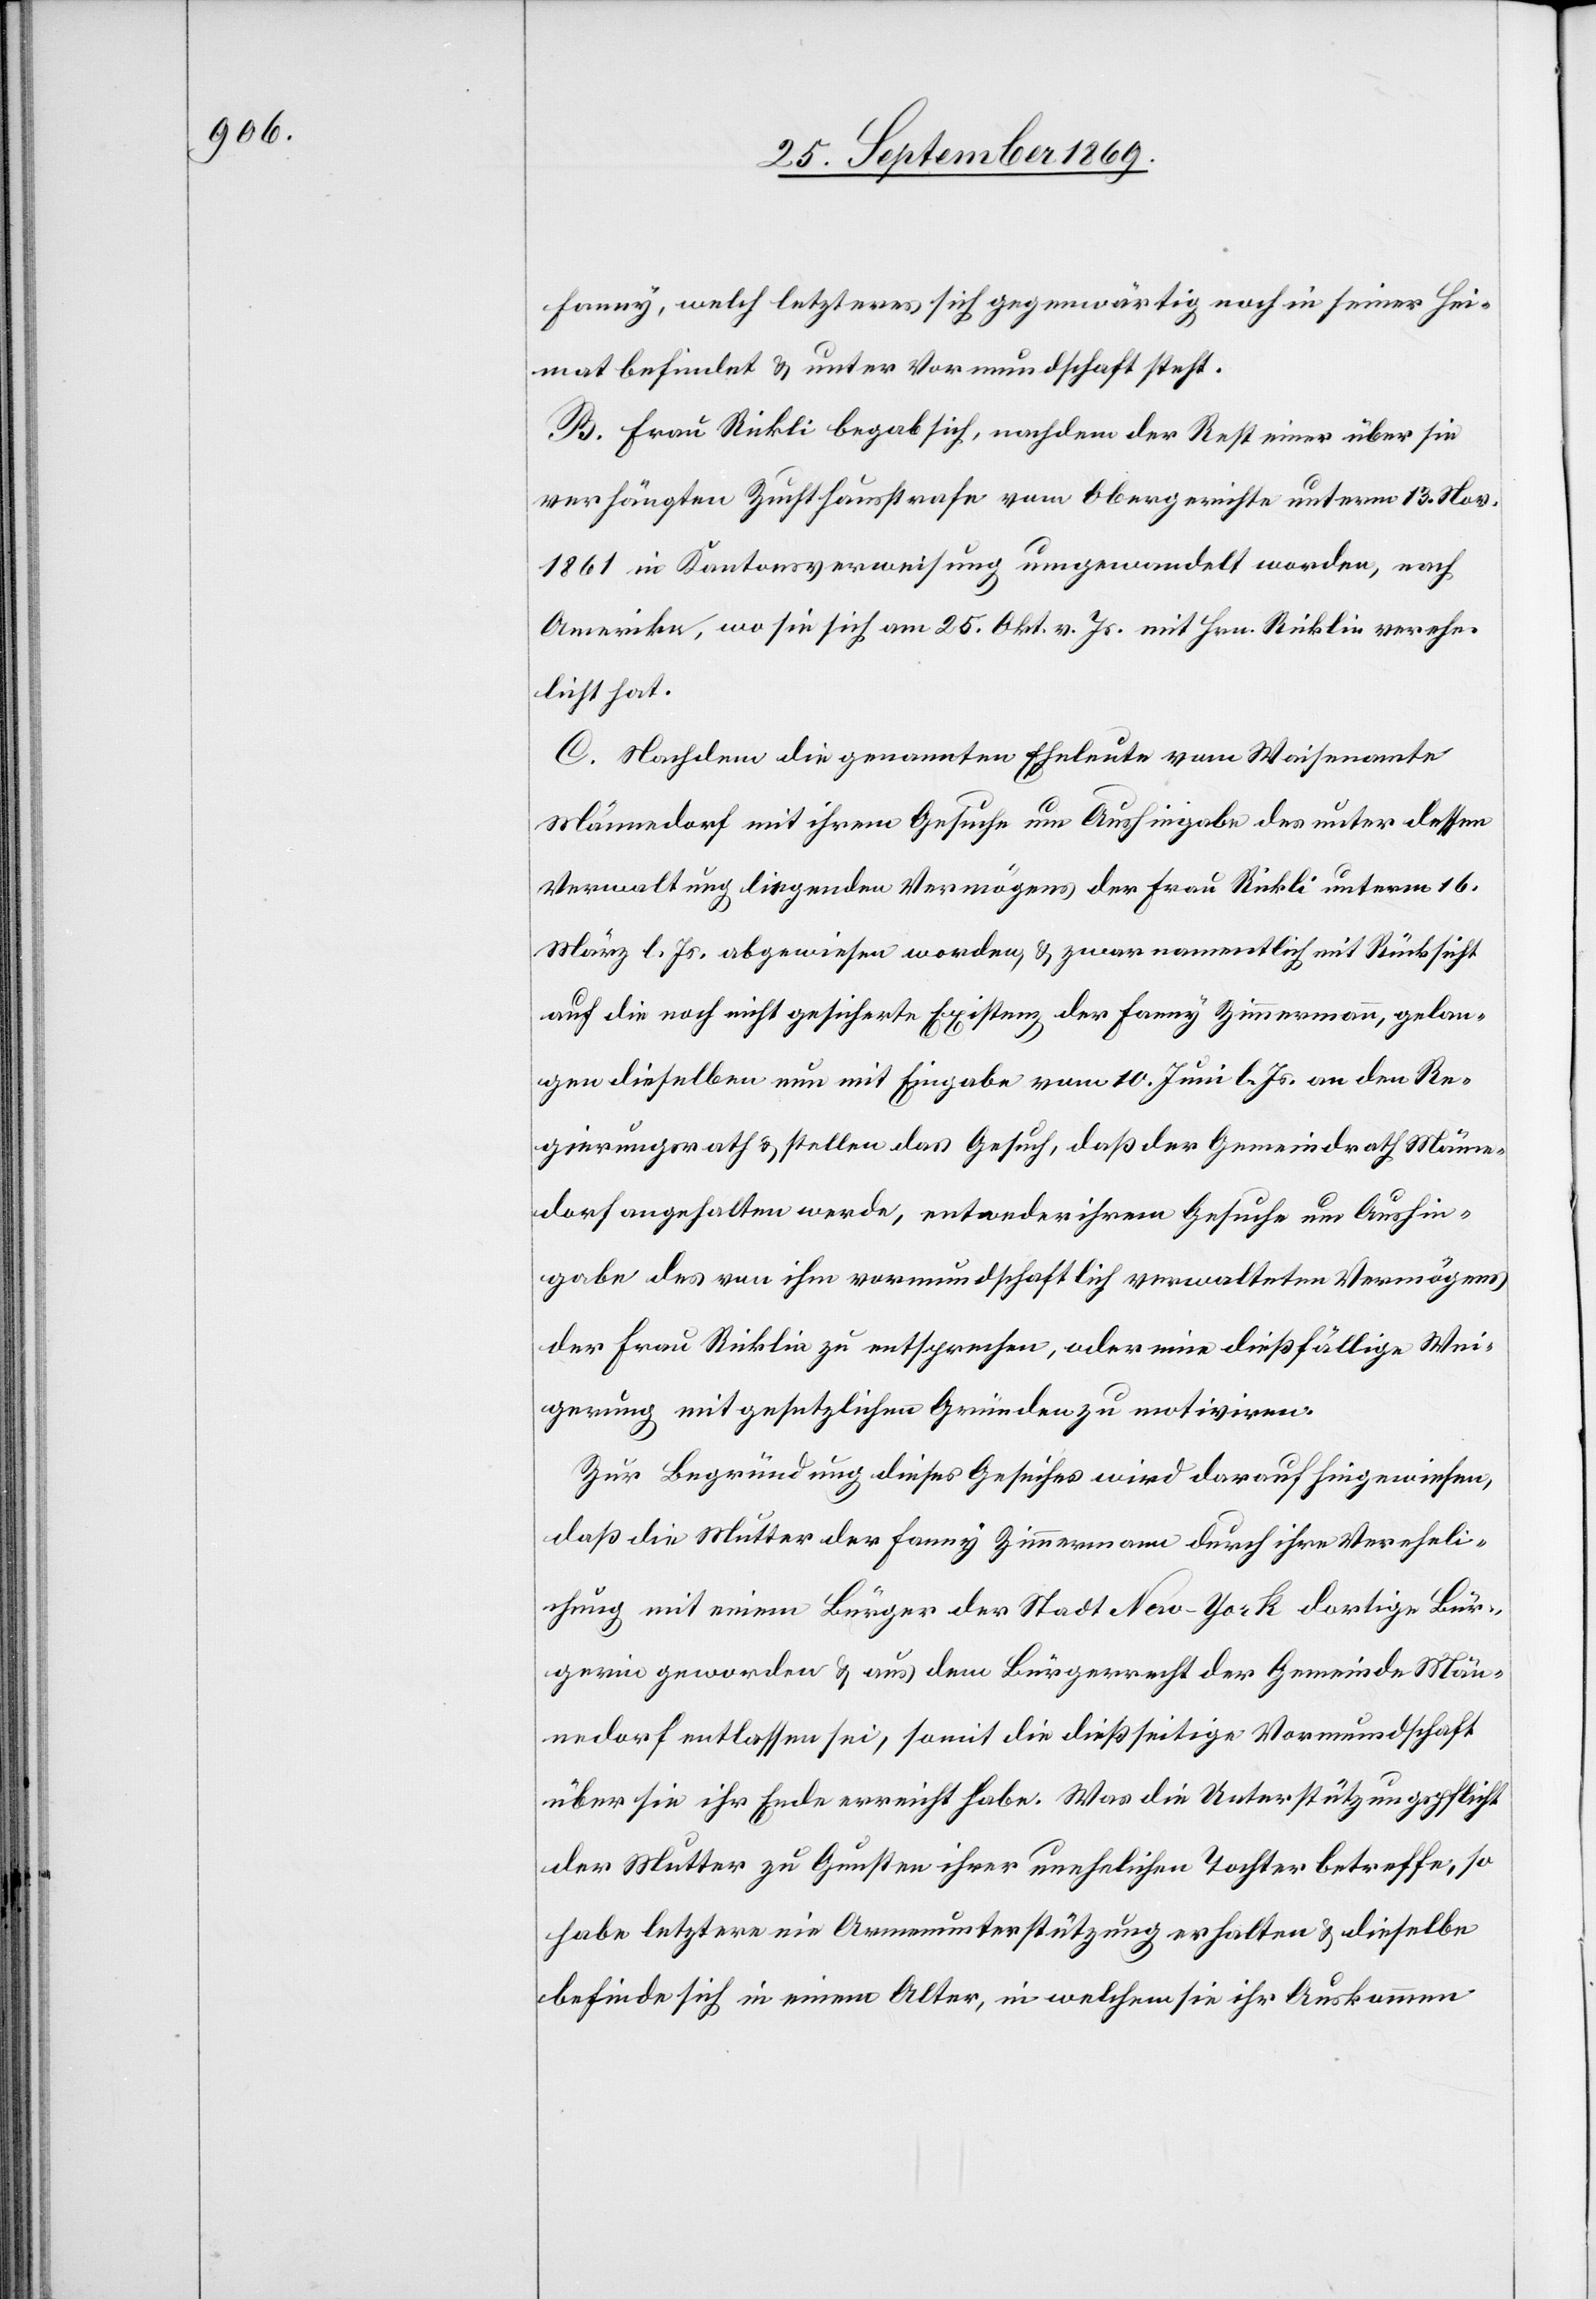
Fanny, welch letzteres sich gegenwärtig noch in seiner Hei¬
mat befindet & unter Vormundschaft steht.
B. Frau Rickli [sic!] begab sich, nachdem der Rest einer über sie
verhängten Zuchthausstrafe vom Obergerichte unterm 13. Nov.
1861 in Kantonsverweisung umgewandelt worden, nach
Amerika, wo sie sich am 25. Okt. v. Js. mit Hrn. Ricklin verehe¬
licht hat.
C. Nachdem die genannten Eheleute vom Waisenamte
Männedorf mit ihrem Gesuche um Aushingabe des unter dessen
Verwaltung liegenden Vermögens der Frau Rickli unterm 16.
März l. Js. abgewiesen worden, & zwar namentlich mit Rücksicht
auf die noch nicht gesicherte Existenz der Fanny Zimmermann, gelan¬
gen dieselben nun mit Eingabe vom 10. Juni l. Js. an den Re¬
gierungsrath & stellen das Gesuch, daß der Gemeindrath Männe¬
dorf angehalten werde, entweder ihrem Gesuche um Aushin¬
gabe des von ihm vormundschaftlich verwalteten Vermögens
der Frau Ricklin zu entsprechen, oder eine dießfällige Wei¬
gerung mit gesetzlichen Gründen zu motiviren.
Zur Begründung dieses Gesuches wird darauf hingewiesen,
daß die Mutter der Fanny Zimmermann durch ihre Vereheli¬
chung mit einem Bürger der Stadt New-York dortige Bür¬
gerin geworden & aus dem Bürgerrecht der Gemeinde Män¬
nedorf entlassen sei, somit die dießseitige Vormundschaft
über sie ihr Ende erreicht habe. Was die Unterstützungspflicht
der Mutter zu Gunsten ihrer unehelichen Tochter betreffe, so
habe letztere nie Armenunterstützung erhalten & dieselbe
befinde sich in einem Alter, in welchem sie ihr Auskommen